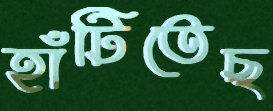
হাঁটিতেছ